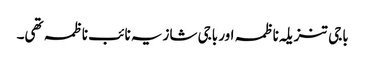
باجی تنزیلہ ناظمہ اور باجی شازیہ نائب ناظمہ تھی۔